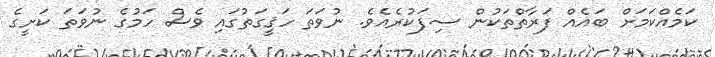
ކަމެއްކަމަށް ބައެއް ފަރާތްތަކުން ސިފަކުރެއެވެ. ނުވަތަ ހަޤީގަތުގައި ވެސް ހަމުގެ ނުވަތަ ކަށީގެ